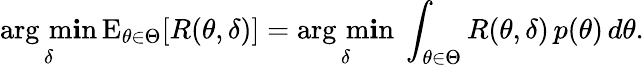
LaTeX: {\underset{\delta}{\operatorname{arg\, m\mathbf{i}n}}}\operatorname{E}_{\theta\in\Theta}[R(\theta,\delta)]={\underset{\delta}{\operatorname{arg\, m\mathbf{i}n}}}\ \int_{\theta\in\Theta}R(\theta,\delta)\, p(\theta)\, d\theta.